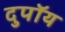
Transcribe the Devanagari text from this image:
दुपॉय